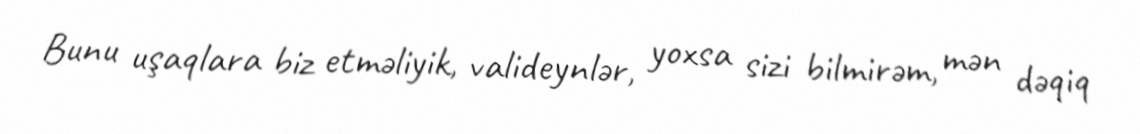
Bunu uşaqlara biz etməliyik, valideynlər, yoxsa sizi bilmirəm, mən dəqiq